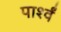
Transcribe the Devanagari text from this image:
पार्श्वं